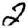
Digit: 2